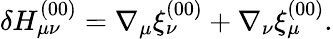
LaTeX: \delta H_{\mu\nu}^{(00)}=\nabla_{\mu}\xi_{\nu}^{(00)}+\nabla_{\nu}\xi_{\mu}^{(00)}.